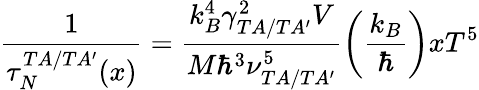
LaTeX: \frac{1}{\tau_{N}^{TA/TA^{\prime}}(x)}=\frac{k_{B}^{4}\gamma_{TA/TA^{\prime}}^{2}V}{M\hbar^{3}\nu_{TA/TA^{\prime}}^{5}}\left(\frac{k_{B}}{\hbar}\right)xT^{5}